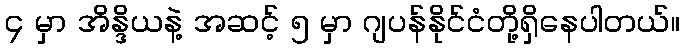
၄ မှာ အိန္ဒိယနဲ့ အဆင့် ၅ မှာ ဂျပန်နိုင်ငံတို့ရှိနေပါတယ်။